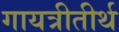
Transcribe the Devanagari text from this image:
गायत्रीतीर्थ